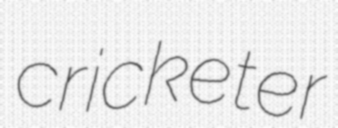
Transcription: cricketer